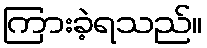
ကြားခဲ့ရသည်။